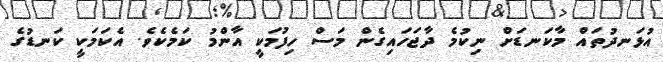
އުޅަނދުތައް މާކަނޑަށް ނިކުމެ ދާޖަހައިގެން މަސް ހިފުމަކީ އާންމު ކަމެކެވެ. އެކަމަކީ ކަނޑުގެ